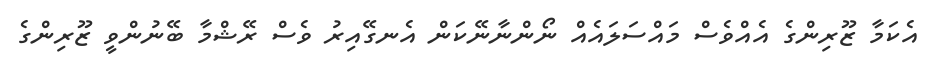
އެކަމާ ޒޫރިންގެ އެއްވެސް މައްސަލައެއް ނޯންނާނޭކަން އެނގޭއިރު ވެސް ރޭޝްމާ ބޭނުންވީ ޒޫރިންގެ